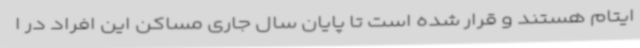
ایتام هستند و قرار شده است تا پایان سال جاری مساکن این افراد در ا